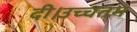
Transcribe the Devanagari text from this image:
दी।उच्चतम